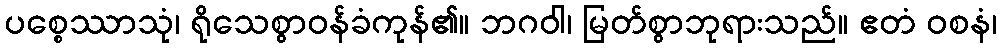
ပစ္စေဿာသုံ၊ ရိုသေစွာဝန်ခံကုန်၏။ ဘဂဝါ၊ မြတ်စွာဘုရားသည်။ ဧတံ ဝစနံ၊